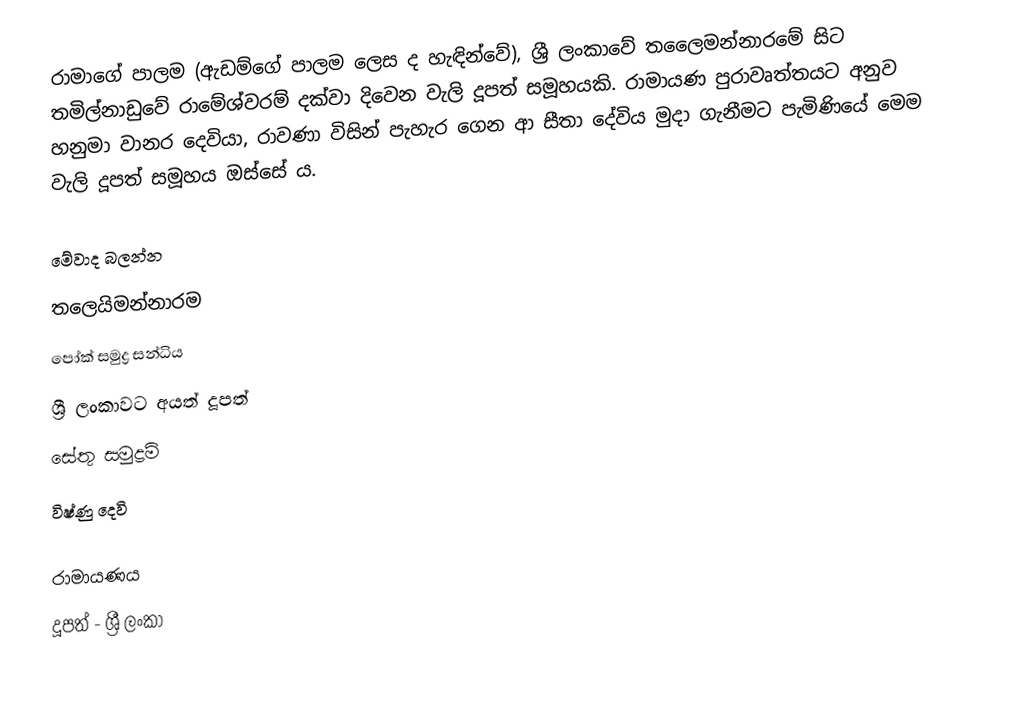
රාමාගේ පාලම (ඇඩම්ගේ පාලම ලෙස ද හැඳින්වේ)​, ශ්‍රී ලංකාවේ තලෛමන්නාරමේ සිට තමිල්නාඩුවේ රාමේශ්වරම් දක්වා දිවෙන වැලි දූපත් සමූහයකි. රාමායණ පුරාවෘත්තයට අනුව හනුමා වානර දෙවියා, රාවණා විසින් පැහැර ගෙන ආ සීතා දේවිය මුදා ගැනීමට පැමිණියේ මෙම වැලි දූපත් සමූහය ඔස්සේ ය​.

මේවාද බලන්න
 තලෙයිමන්නාරම
 පෝක් සමුද්‍ර සන්ධිය
 ශ්‍රී ලංකාවට අයත් දූපත්
 සේතු සමුද්‍රම්
 විෂ්ණු දෙවි

රාමායණය​
දූපත් - ශ්‍රී ලංකා